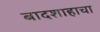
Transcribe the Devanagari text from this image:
बादशाहाचा